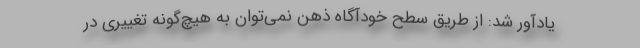
یادآور شد: از طریق سطح خودآگاه ذهن نمی‌توان به هیچ‌گونه تغییری در